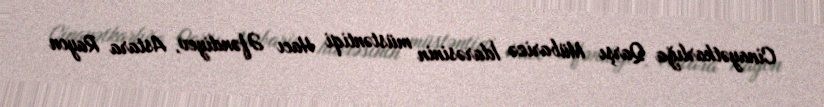
Cinayətkarlığa Qarşı Mübarizə İdarəsinin müstəntiqi Hacı Əfəndiyev, Astara Rayon